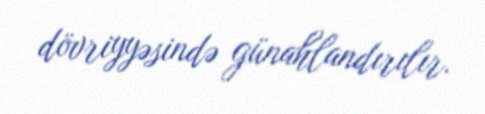
dövriyyəsində günahlandırılır.